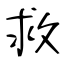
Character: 救